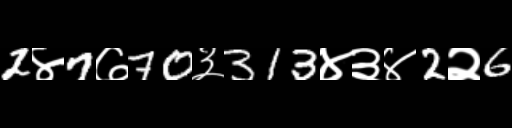
Text: 2४7७70३313४३४2२6